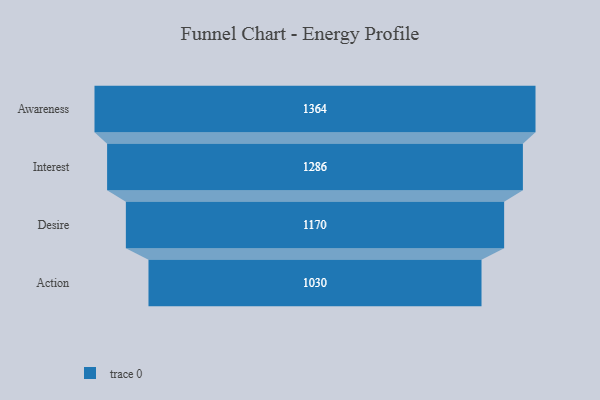
{"axis": {"x": "Stage", "y": "Value"}, "legend": [""], "data": [{"x": "Awareness", "y": 1364.0, "type": ""}, {"x": "Interest", "y": 1286.0, "type": ""}, {"x": "Desire", "y": 1170.0, "type": ""}, {"x": "Action", "y": 1030.0, "type": ""}]}